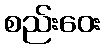
စည်းဝေး